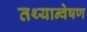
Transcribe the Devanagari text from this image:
तथ्यान्वेषण